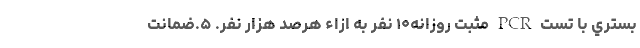
بستري با تست PCR مثبت روزانه۱۰ نفر به ازاء هرصد هزار نفر. ۵.ضمانت